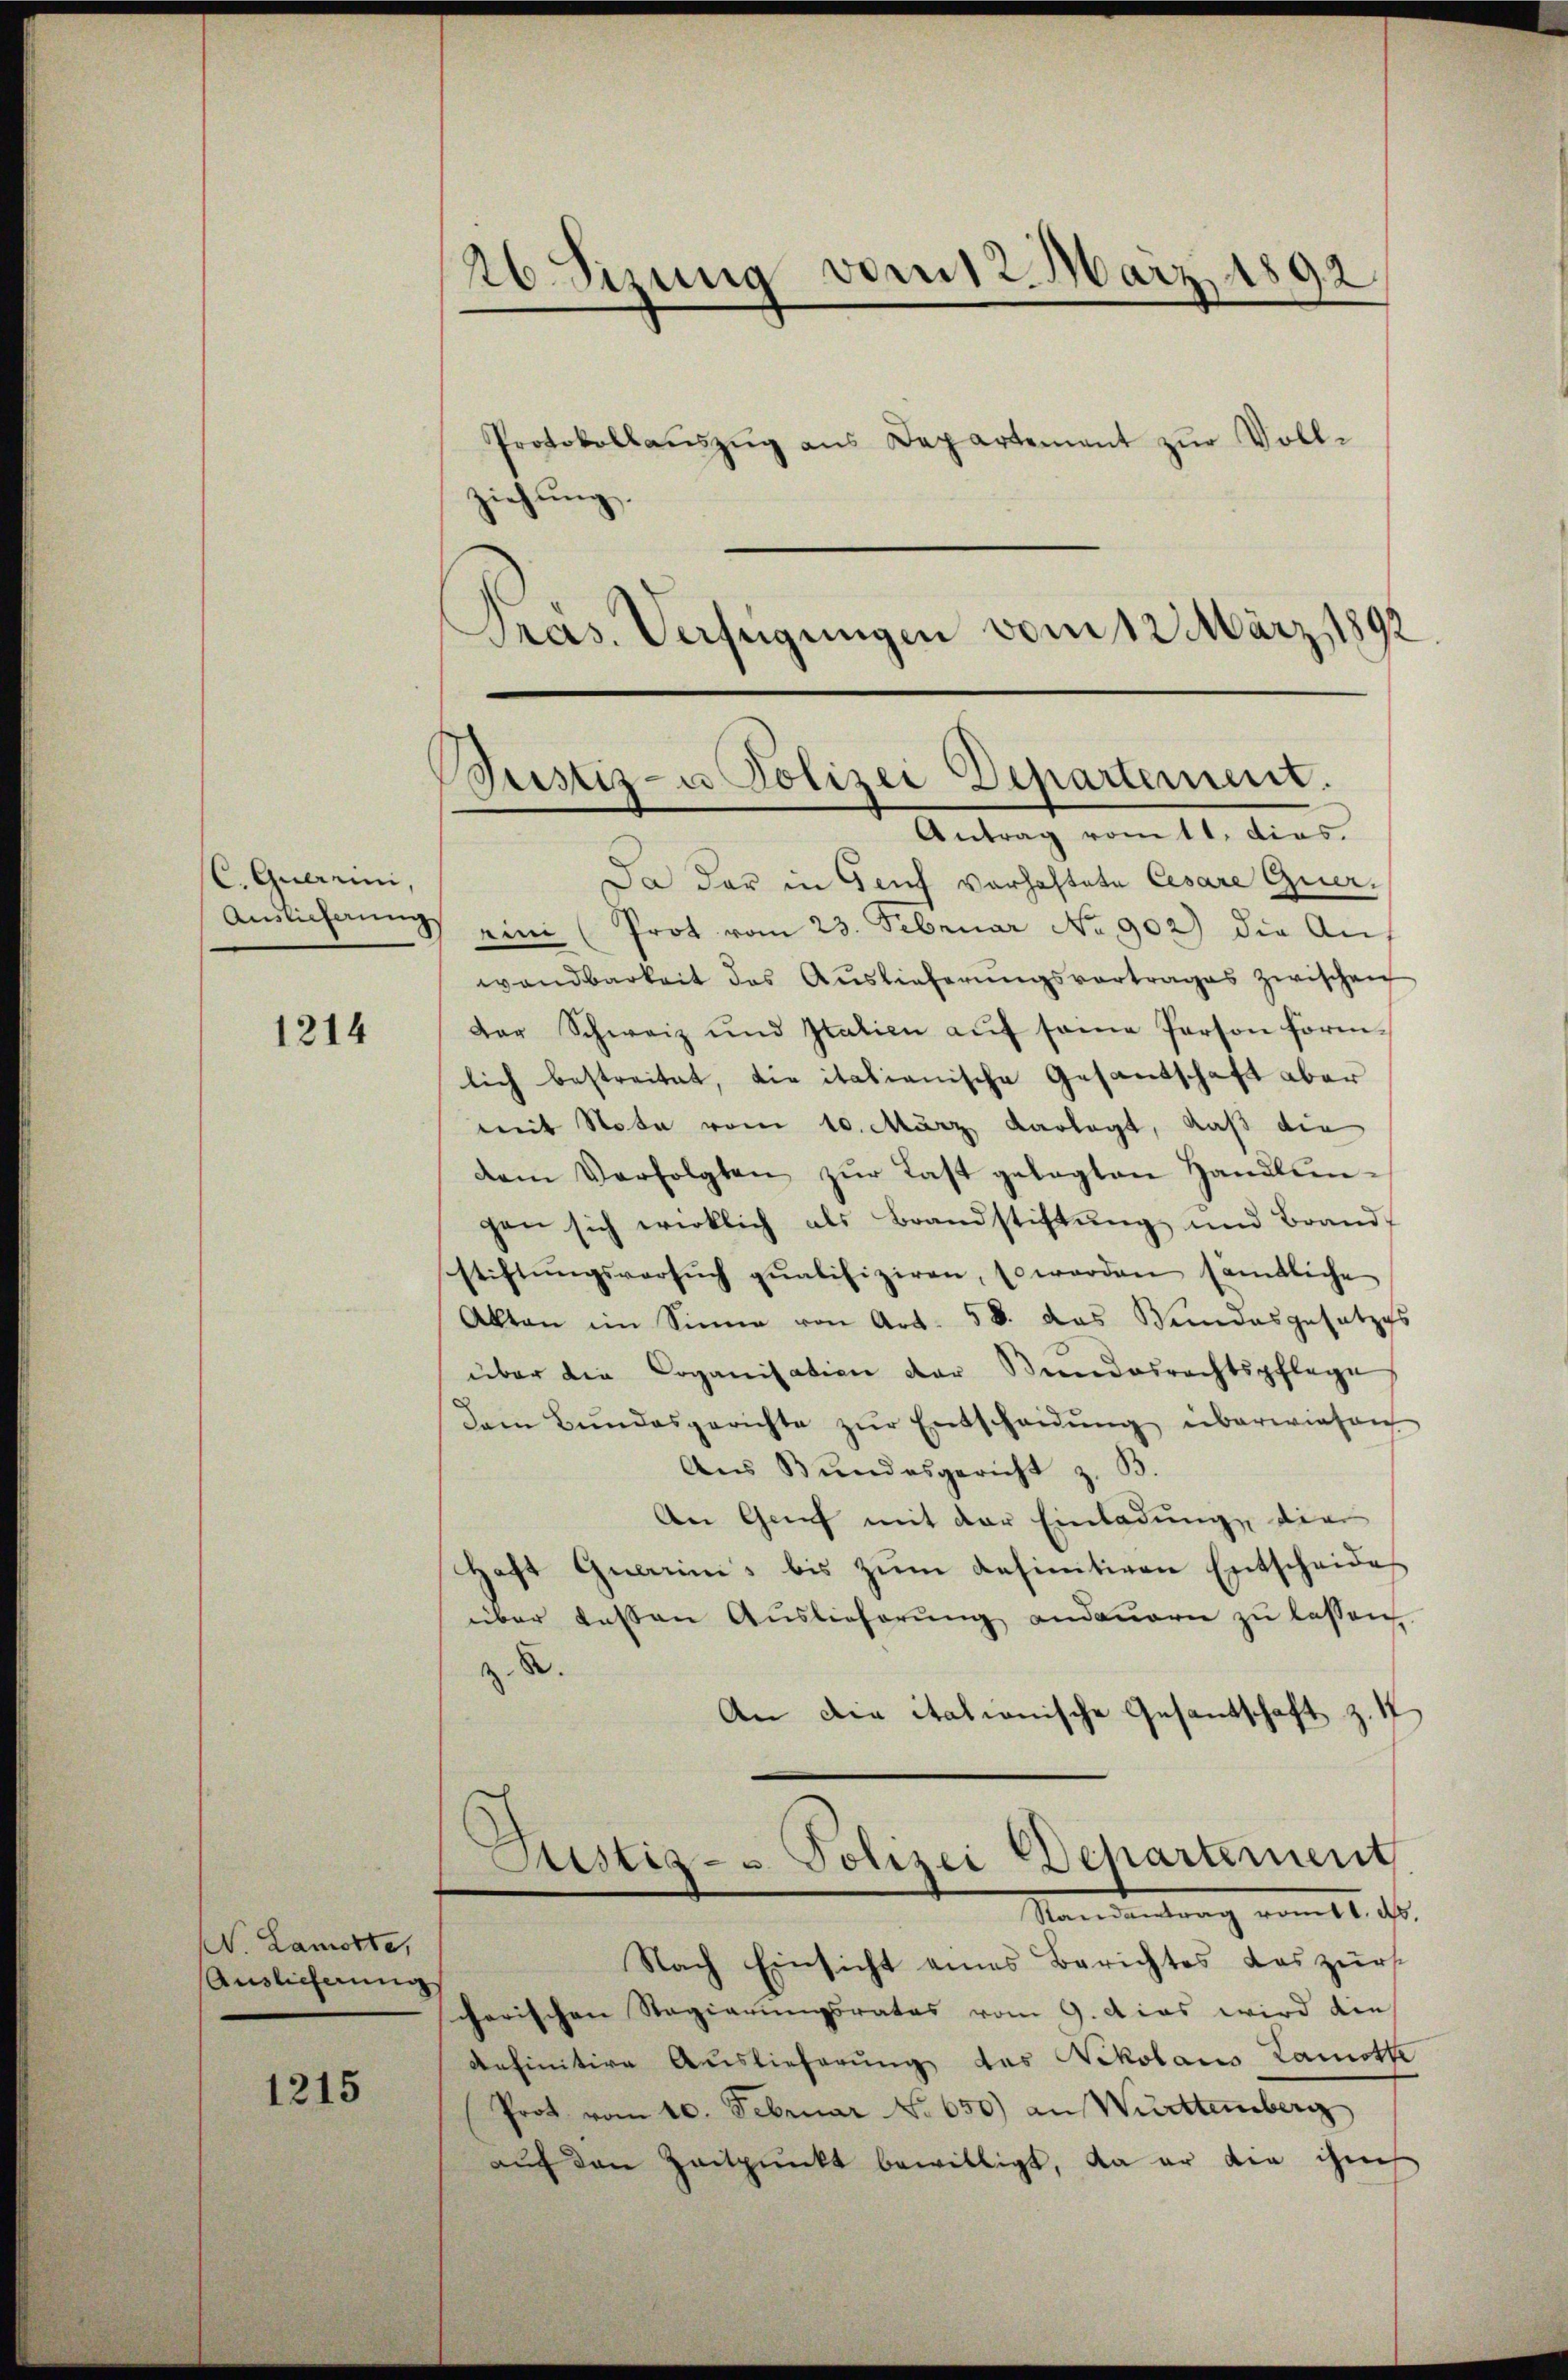
C. Querrini,
Auslieferung

1214

1215

ziehung.
Pras. Verfügungen vom 12. März 1892

N. Lamorte,
Auslieferung

26 Sizung vom 12. März 1892
Protokollaŭszŭg ans Departement zŭr Voll-

Pustiz- u Polizei Departement.
Antrag vom 11. dies.

Da der in Genf vorhaftete Cesare Quer,
ein (Prot vom 23. Februar No 902) die Aus
wandbarkeit des Auslieferungsvortrages zwischen
Der Schweiz und Italien aŭf same Person form-
lich bestreitet, die italianische Gesantschaft aber
mit Note vom 10. März verlegt, daß die
dem Verfolgten zŭr Last gelegten Handlungen sich wirklich als Brandstiftung und Brandschriftŭngsversŭch qualifiziren, so werden sämtliche
Akten im Sinne von Art. 58. das Wandesgesetzes
über die Coganisation der Bundesrechtspflege
Dem Bŭndesgerichte zŭr Entscheidŭng überwiesen
Aus Bundesgericht z. B.
An Genf mit der Einladung die
Haft Gerinis bis zŭm definitiven Entscheides
über dessen Auslieferung andauern zu lassen
z. B.
An die itationische Gesandschaft z. 1
C
Justiz- & Polizei Departement
Namentrag vom 11. ds.
Nach Einsicht eines Berichtes das zur
charischen Regierungsrates vom 9. A cas wird die
definitive Auslieferung des Nikolaus Lamothe
Prot. vom 10. Februar No 650) an Württemberg
auf den Zeitpunkt bewilligt, da er die ihn